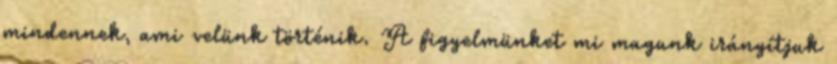
mindennek, ami velünk történik. A figyelmünket mi magunk irányítjuk